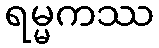
ရမ္မကဿ